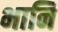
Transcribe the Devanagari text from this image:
भानि